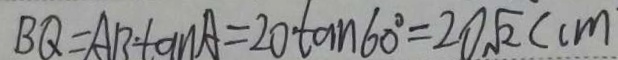
B Q = A B \tan A = 2 0 \tan 6 0 ^ { \circ } = 2 0 \sqrt { 2 } ( c m